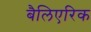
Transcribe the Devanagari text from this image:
बैलिएरिक